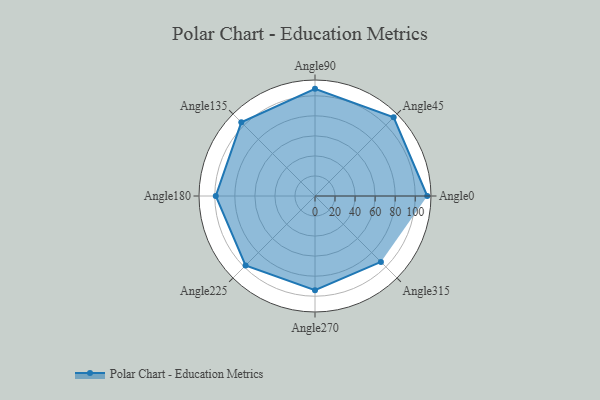
{"axis": {"x": "Angle", "y": "Radius"}, "legend": [""], "data": [{"x": "Angle0", "y": 112.0, "type": ""}, {"x": "Angle45", "y": 111.0, "type": ""}, {"x": "Angle90", "y": 107.0, "type": ""}, {"x": "Angle135", "y": 104.0, "type": ""}, {"x": "Angle180", "y": 99.0, "type": ""}, {"x": "Angle225", "y": 98.0, "type": ""}, {"x": "Angle270", "y": 94.0, "type": ""}, {"x": "Angle315", "y": 93.0, "type": ""}]}